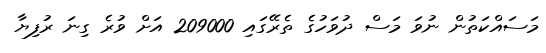
މަސައްކަތުން ނުވަ މަސް ދުވަހުގެ ތެރޭގައި 209000 އަށް ވުރެ ގިނަ ރުފިޔާ